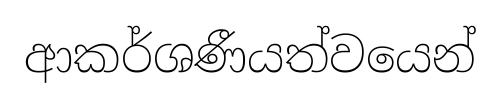
ආකර්ශණීයත්වයෙන්